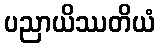
ပညာယိဿတိယံ